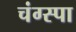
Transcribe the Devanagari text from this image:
चंग्स्पा